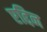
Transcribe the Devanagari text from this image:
एद्दिन